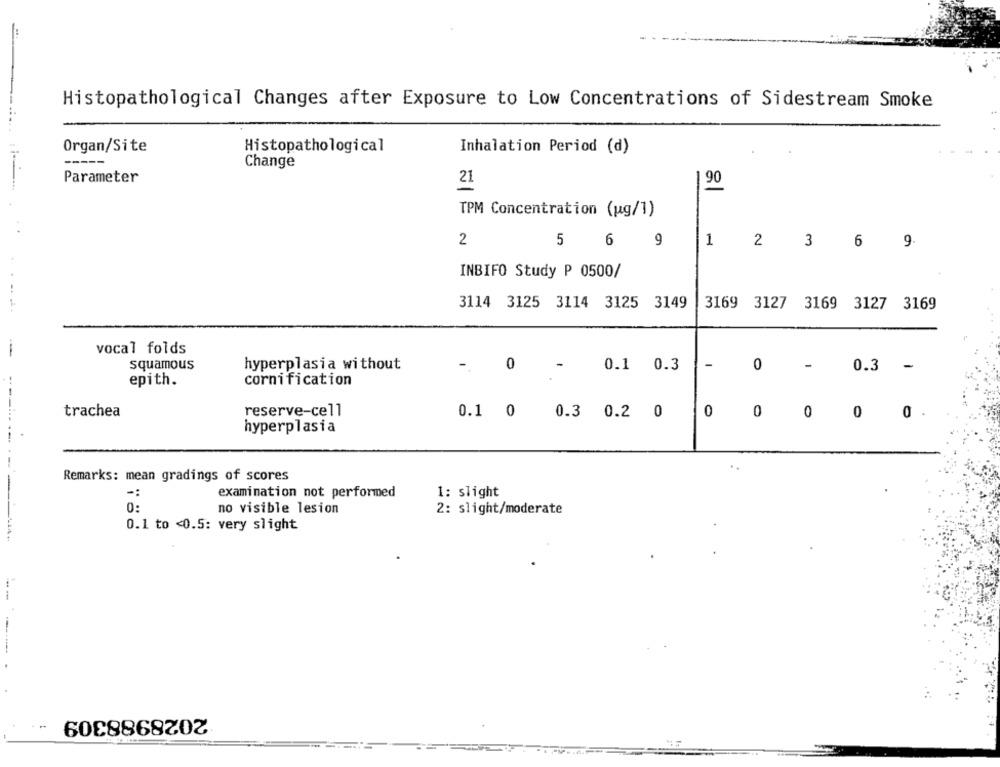
Histopathological Changes after Exposure to Low Concentrations of Sidestream Smoke
Organ/Site
Histopathological
Inhalation Period (d)
-----
Change
Parameter
21
1 90
TPM Concentration (ug/1)
2
5
6
9
1
2 3 6 9
INBIFO Study P 0500/
3114 3125 3114 3125 3149
3169 3127 3169 3127 3169
vocal folds
squamous
hyperplasia without
-.
0
-
0.1 0.3
- 0
0.3 -
epith.
cornification
trachea
reserve-cell
0.1 0
0.3 0.2 0
0
0 .
0 0 0
hyperplasia
Remarks: mean gradings of scores
-------
-:
examination not performed
1: slight
0:
no visible lesion
2: slight/moderate
0.1 to <0.5: very slight
--
2028988309